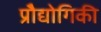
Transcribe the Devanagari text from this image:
प्रोैद्योगिकी